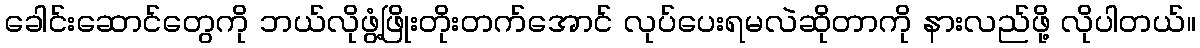
ခေါင်းဆောင်တွေကို ဘယ်လိုဖွံ့ဖြိုးတိုးတက်အောင် လုပ်ပေးရမလဲဆိုတာကို နားလည်ဖို့ လိုပါတယ်။